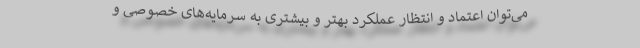
می‌توان اعتماد و انتظار عملکرد بهتر و بیشتری به سرمایه‌های خصوصی و